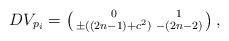
LaTeX: \begin{align*}DV_{p_i}=\left(\begin{smallmatrix}0&1\\ \pm((2n-1)+c^2)&-(2n-2)\end{smallmatrix} \right),\end{align*}